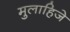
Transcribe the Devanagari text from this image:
मुलाहिजे